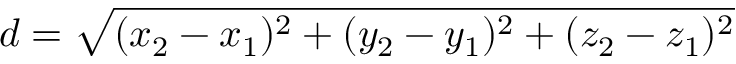
d = { \sqrt { ( x _ { 2 } - x _ { 1 } ) ^ { 2 } + ( y _ { 2 } - y _ { 1 } ) ^ { 2 } + ( z _ { 2 } - z _ { 1 } ) ^ { 2 } } }